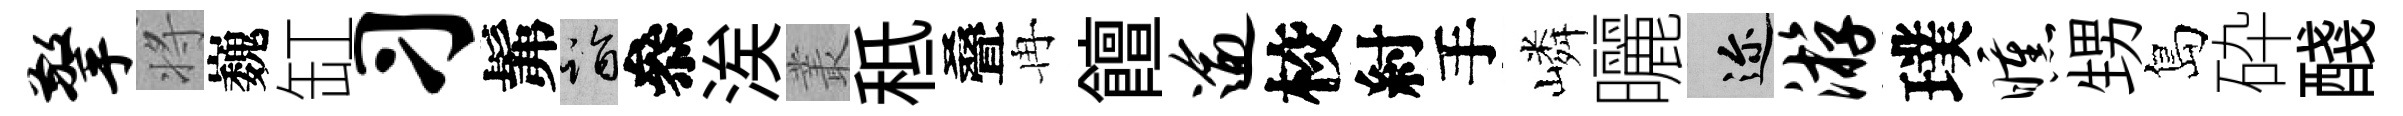
擎将巍缸习髴诣叅涘叢秪叠冉饘逾校紂手嶙曬邇游璞曛甥島砕醆